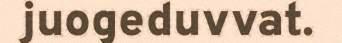
juogeduvvat.